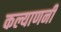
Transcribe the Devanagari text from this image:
कल्याणनी